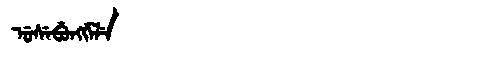
Manchu: ᡠᠰᡝᠪᡠᠩᡤᡝᠯᡝ
Romanization: USEBUNGGELE